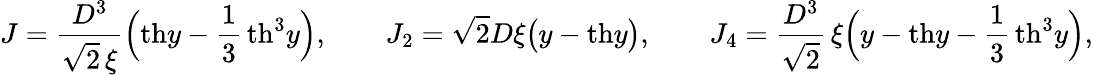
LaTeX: \begin{array}{l}{\displaystyle{J=\frac{D^{3}}{\sqrt{2}\, \xi}\Big(\mathrm{th}y-\frac{1}{3}\, \mathrm{th}^{3}y\Big),\qquad J_{2}=\sqrt{2}D\xi\big(y-\mathrm{th}y\big),\qquad J_{4}=\frac{D^{3}}{\sqrt{2}}\, \xi\Big(y-\mathrm{th}y-\frac{1}{3}\, \mathrm{th}^{3}y\Big),}}\end{array}